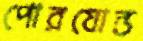
পোরযোন্ত